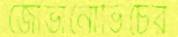
জোভানোভিচের